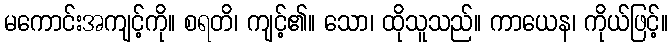
မကောင်းအကျင့်ကို။ စရတိ၊ ကျင့်၏။ သော၊ ထိုသူသည်။ ကာယေန၊ ကိုယ်ဖြင့်။